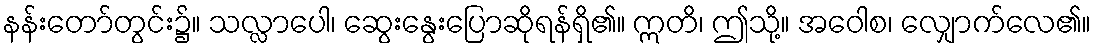
နန်းတော်တွင်း၌။ သလ္လာပေါ၊ ဆွေးနွေးပြောဆိုရန်ရှိ၏။ ဣတိ၊ ဤသို့။ အဝေါစ၊ လျှောက်လေ၏။